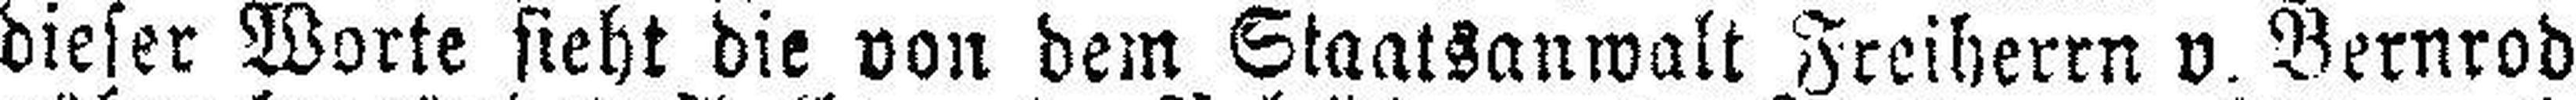
dieser Worte sieht die von dem Staatsanwalt Freiherrn v. Bernrod